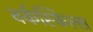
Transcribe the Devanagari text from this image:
वर्कस्किल्स